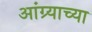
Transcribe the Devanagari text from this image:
आंग्र्याच्या